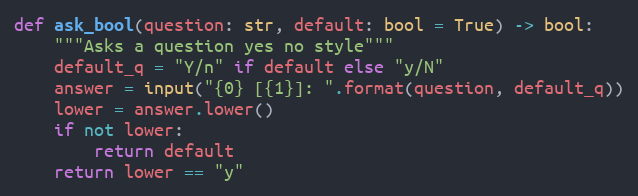
Language: Python
def ask_bool(question: str, default: bool = True) -> bool:
    """Asks a question yes no style"""
    default_q = "Y/n" if default else "y/N"
    answer = input("{0} [{1}]: ".format(question, default_q))
    lower = answer.lower()
    if not lower:
        return default
    return lower == "y"